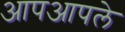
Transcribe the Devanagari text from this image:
आपआपले